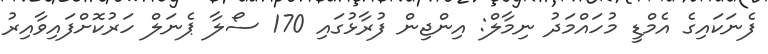
ފެނަކައިގެ އެމްޑީ މުހައްމަދު ނިމާލް: އިންޖިން ފުރާޅުގައި 170 ސޯލާ ޕެނަލް ހަރުކޮށްފައިވާއިރު